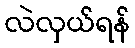
လဲလှယ်ရန်